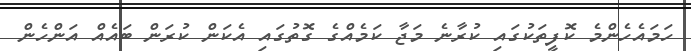
ހަމައެހެންމެ ކޮފީތަކުގައި ކުރާނެ މަޖާ ކަމެއްގެ ގޮތުގައި އެކަން ކުރަން ބައެއް އަންހެން